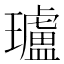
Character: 瓐